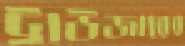
ট্রাউজারের